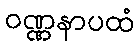
ဝဏ္ဏနာပထံ